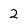
Character: 2